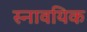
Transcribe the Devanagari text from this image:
स्नावयिक